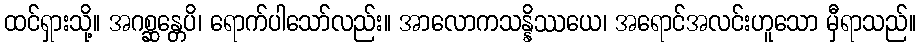
ထင်ရှားသို့။ အဂစ္ဆန္တေပိ၊ ရောက်ပါသော်လည်း။ အာလောကသန္နိဿယေ၊ အရောင်အလင်းဟူသော မှီရာသည်။